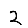
Digit: 2